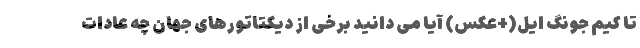
تا کیم جونگ ایل(+عکس) آیا می دانید برخی از دیکتاتورهای جهان چه عادات